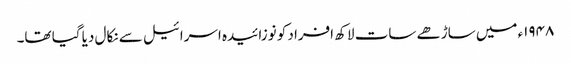
۱۹۴۸ء میں ساڑھے سات لاکھ افراد کو نوزائیدہ اسرائیل سے نکال دیا گیا تھا۔